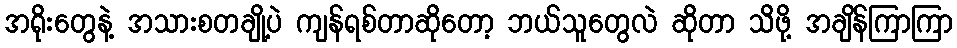
အရိုးတွေနဲ့ အသားစတချို့ပဲ ကျန်ရစ်တာဆိုတော့ ဘယ်သူတွေလဲ ဆိုတာ သိဖို့ အချိန်ကြာကြာ